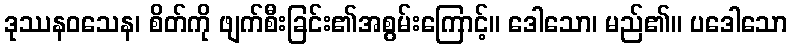
ဒုဿနဝသေန၊ စိတ်ကို ဖျက်စီးခြင်း၏အစွမ်းကြောင့်။ ဒေါသော၊ မည်၏။ ပဒေါသော